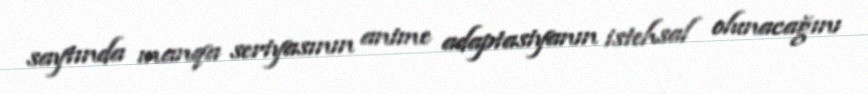
saytında manqa seriyasının anime adaptasiyanın istehsal olunacağını